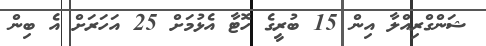
ޝަންގްރިއްލާ އިން 15 ބުރީގެ ހޮޓާ އެޅުމަށް 25 އަހަރަށް އެ ބިން